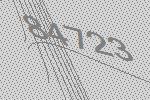
84723